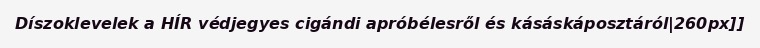
Díszoklevelek a HÍR védjegyes cigándi apróbélesről és kásáskáposztáról|260px]]